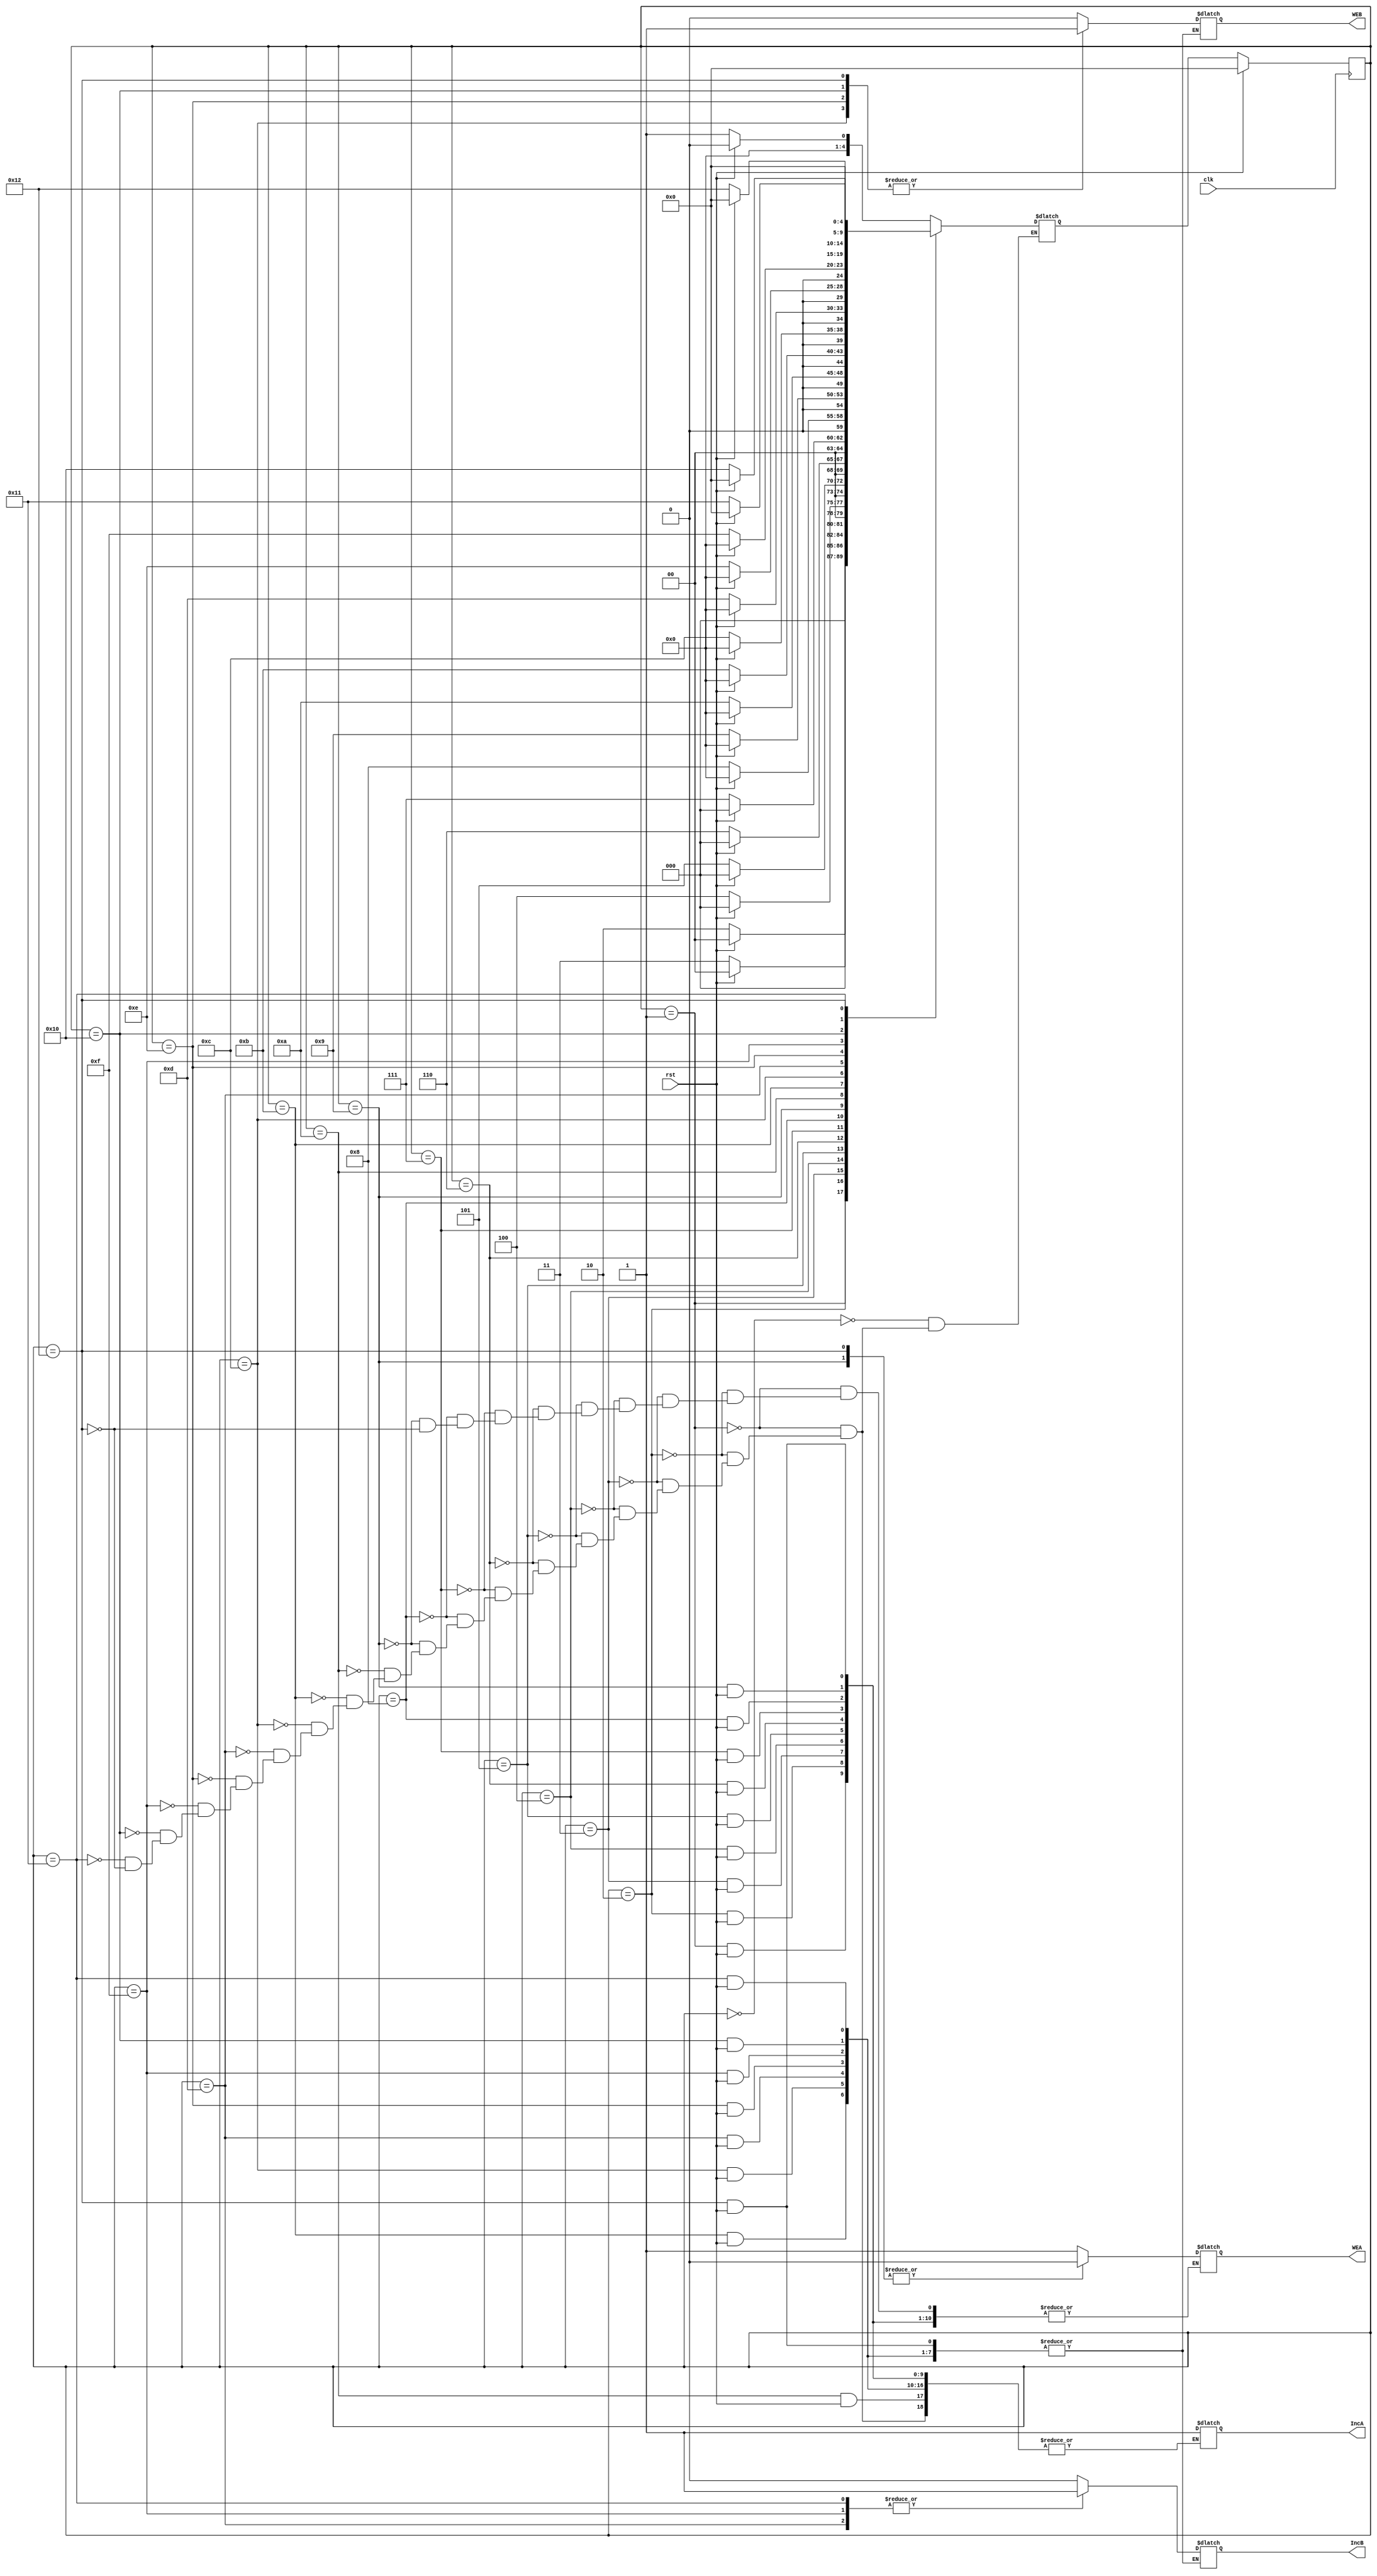
module controller(WEA,WEB,IncA,IncB,rst,clk);
output WEA;
output WEB;
output IncA;
output IncB;
input rst;
input clk;

reg [4:0]nstate,pstate;
reg IncA;
reg IncB;
reg WEA;
reg WEB;
parameter s0 = 5'b00000,s1 = 5'b00001,s2 = 5'b00010,s3 = 5'b00011,s4 = 5'b00100,s5 = 5'b00101,s6 = 5'b00110,s7 = 5'b00111,s8 = 5'b01000,s9 = 5'b01001,s10 = 5'b01010;
parameter s11 = 5'b01011,s12 = 5'b01100,s13 = 5'b01101,s14 = 5'b01110,s15 = 5'b01111,s16 = 5'b10000,s17 = 5'b10001,s18 = 5'b10010,s19 = 5'b10011,s20 = 5'b10100;

always @ (rst or pstate)
begin

case (pstate)
s0: begin
if(rst == 0)
nstate <= s1;
else
nstate <= s0;
end

s1: begin
if(rst == 0)
begin
WEA <= 1;
IncA <= 1;
nstate <= s2;
end
else
nstate <= s0;
end

s2: begin
if(rst == 0)
begin
WEA <= 1;
IncA <= 1;
nstate <= s3;
end
else
nstate <= s0;
end

s3: begin
if(rst == 0)
begin
WEA <= 1;
IncA <= 1;
nstate <= s4;
end
else
nstate <= s0;
end

s4: begin
if(rst == 0)
begin
WEA <= 1;
IncA <= 1;
nstate <= s5;
end
else
nstate <= s0;
end

s5: begin
if(rst == 0)
begin
WEA <= 1;
IncA <= 1;
nstate <= s6;
end
else
nstate <= s0;
end

s6: begin
if(rst == 0)
begin
WEA <= 1;
IncA <= 1;
nstate <= s7;
end
else
nstate <= s0;
end

s7: begin
if(rst == 0)
begin
WEA <= 1;
IncA <= 1;
nstate <= s8;
end
else
nstate <= s0;
end

s8: begin
if(rst == 0)
begin
WEA <= 1;
IncA <= 1;
nstate <= s9;
end
else
nstate <= s0;
end

s9: begin
if(rst == 0)
begin
WEA <= 0;
IncA <= 1;
nstate <= s10;
end
else
nstate <= s0;
end

s10: begin
if(rst == 0)
begin
IncA <= 1;
nstate <= s11;
end
else
nstate <= s0;
end

s11: begin
if(rst == 0)
begin
IncA <= 1;
WEB <= 0;
IncB <= 0;
nstate <= s12;
end
else
nstate <= s0;
end

s12: begin
if(rst == 0)
begin
IncA <= 1;
WEB <= 1;
IncB <= 0;
nstate <= s13;
end
else
nstate <= s0;
end

s13: begin
if(rst == 0)
begin
IncA <= 1;
WEB <= 0;
IncB <= 1;
nstate <= s14;
end
else
nstate <= s0;
end

s14: begin
if(rst == 0)
begin
IncA <= 1;
WEB <= 1;
IncB <= 0;
nstate <= s15;
end
else
nstate <= s0;
end

s15: begin
if(rst == 0)
begin
IncA <= 1;
WEB <= 0;
IncB <= 1;
nstate <= s16;
end
else
nstate <= s0;
end

s16: begin
if(rst == 0)
begin
IncA <= 1;
WEB <= 1;
IncB <= 0;
nstate <= s17;
end
else
nstate <= s0;
end

s17: begin
if(rst == 0)
begin
IncA <= 1;
WEB <= 0;
IncB <= 1;
nstate <= s18;
end
else
nstate <= s0;
end

s18: begin
if(rst == 0)
begin
WEA <= 0;
IncA <= 1;
IncB <= 0;
WEB <= 1;
nstate <= s0;
end
else
nstate <= s0;
end

endcase
end

always @(posedge clk)
begin
if(rst == 1)
pstate <= s0;
else
pstate <= nstate;
end

initial
begin
pstate <= 5'b00000;
WEB <= 0;
WEA <= 0;
IncA <= 0;
IncB <= 0;
end
endmodule